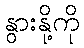
နွားနို့ကို